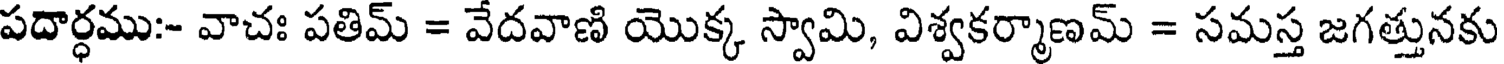
పదార్ధము:- వాచః పతిమ్ = వేదవాణి యొక్క స్వామి, విశ్వకర్మాణమ్ = సమస్త జగత్తునకు